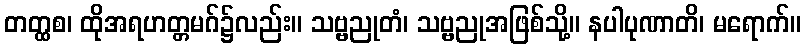
တတ္ထစ၊ ထိုအရဟတ္တမဂ်၌လည်း။ သဗ္ဗညုတံ၊ သဗ္ဗညုအဖြစ်သို့။ နပါပုဏာတိ၊ မရောက်။